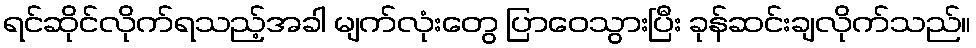
ရင်ဆိုင်လိုက်ရသည့်အခါ မျက်လုံးတွေ ပြာဝေသွားပြီး ခုန်ဆင်းချလိုက်သည်။